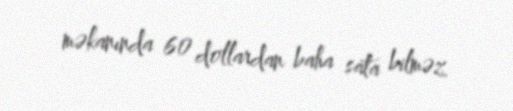
məkanında 60 dollardan baha sata bilməz.